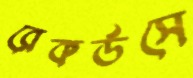
রেকর্ডসে